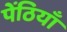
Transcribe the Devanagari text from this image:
पेंठियाँ